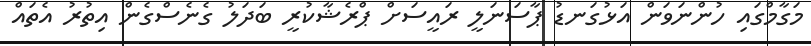
މަގާމްގައި ހުންނަވަން އަޅުގަނޑު ޕާސަނަލީ ރައީސަށް ޕްރެޝާކުރީ ބަދަލު ގެނެސްގެން އިތުރު އެތައް